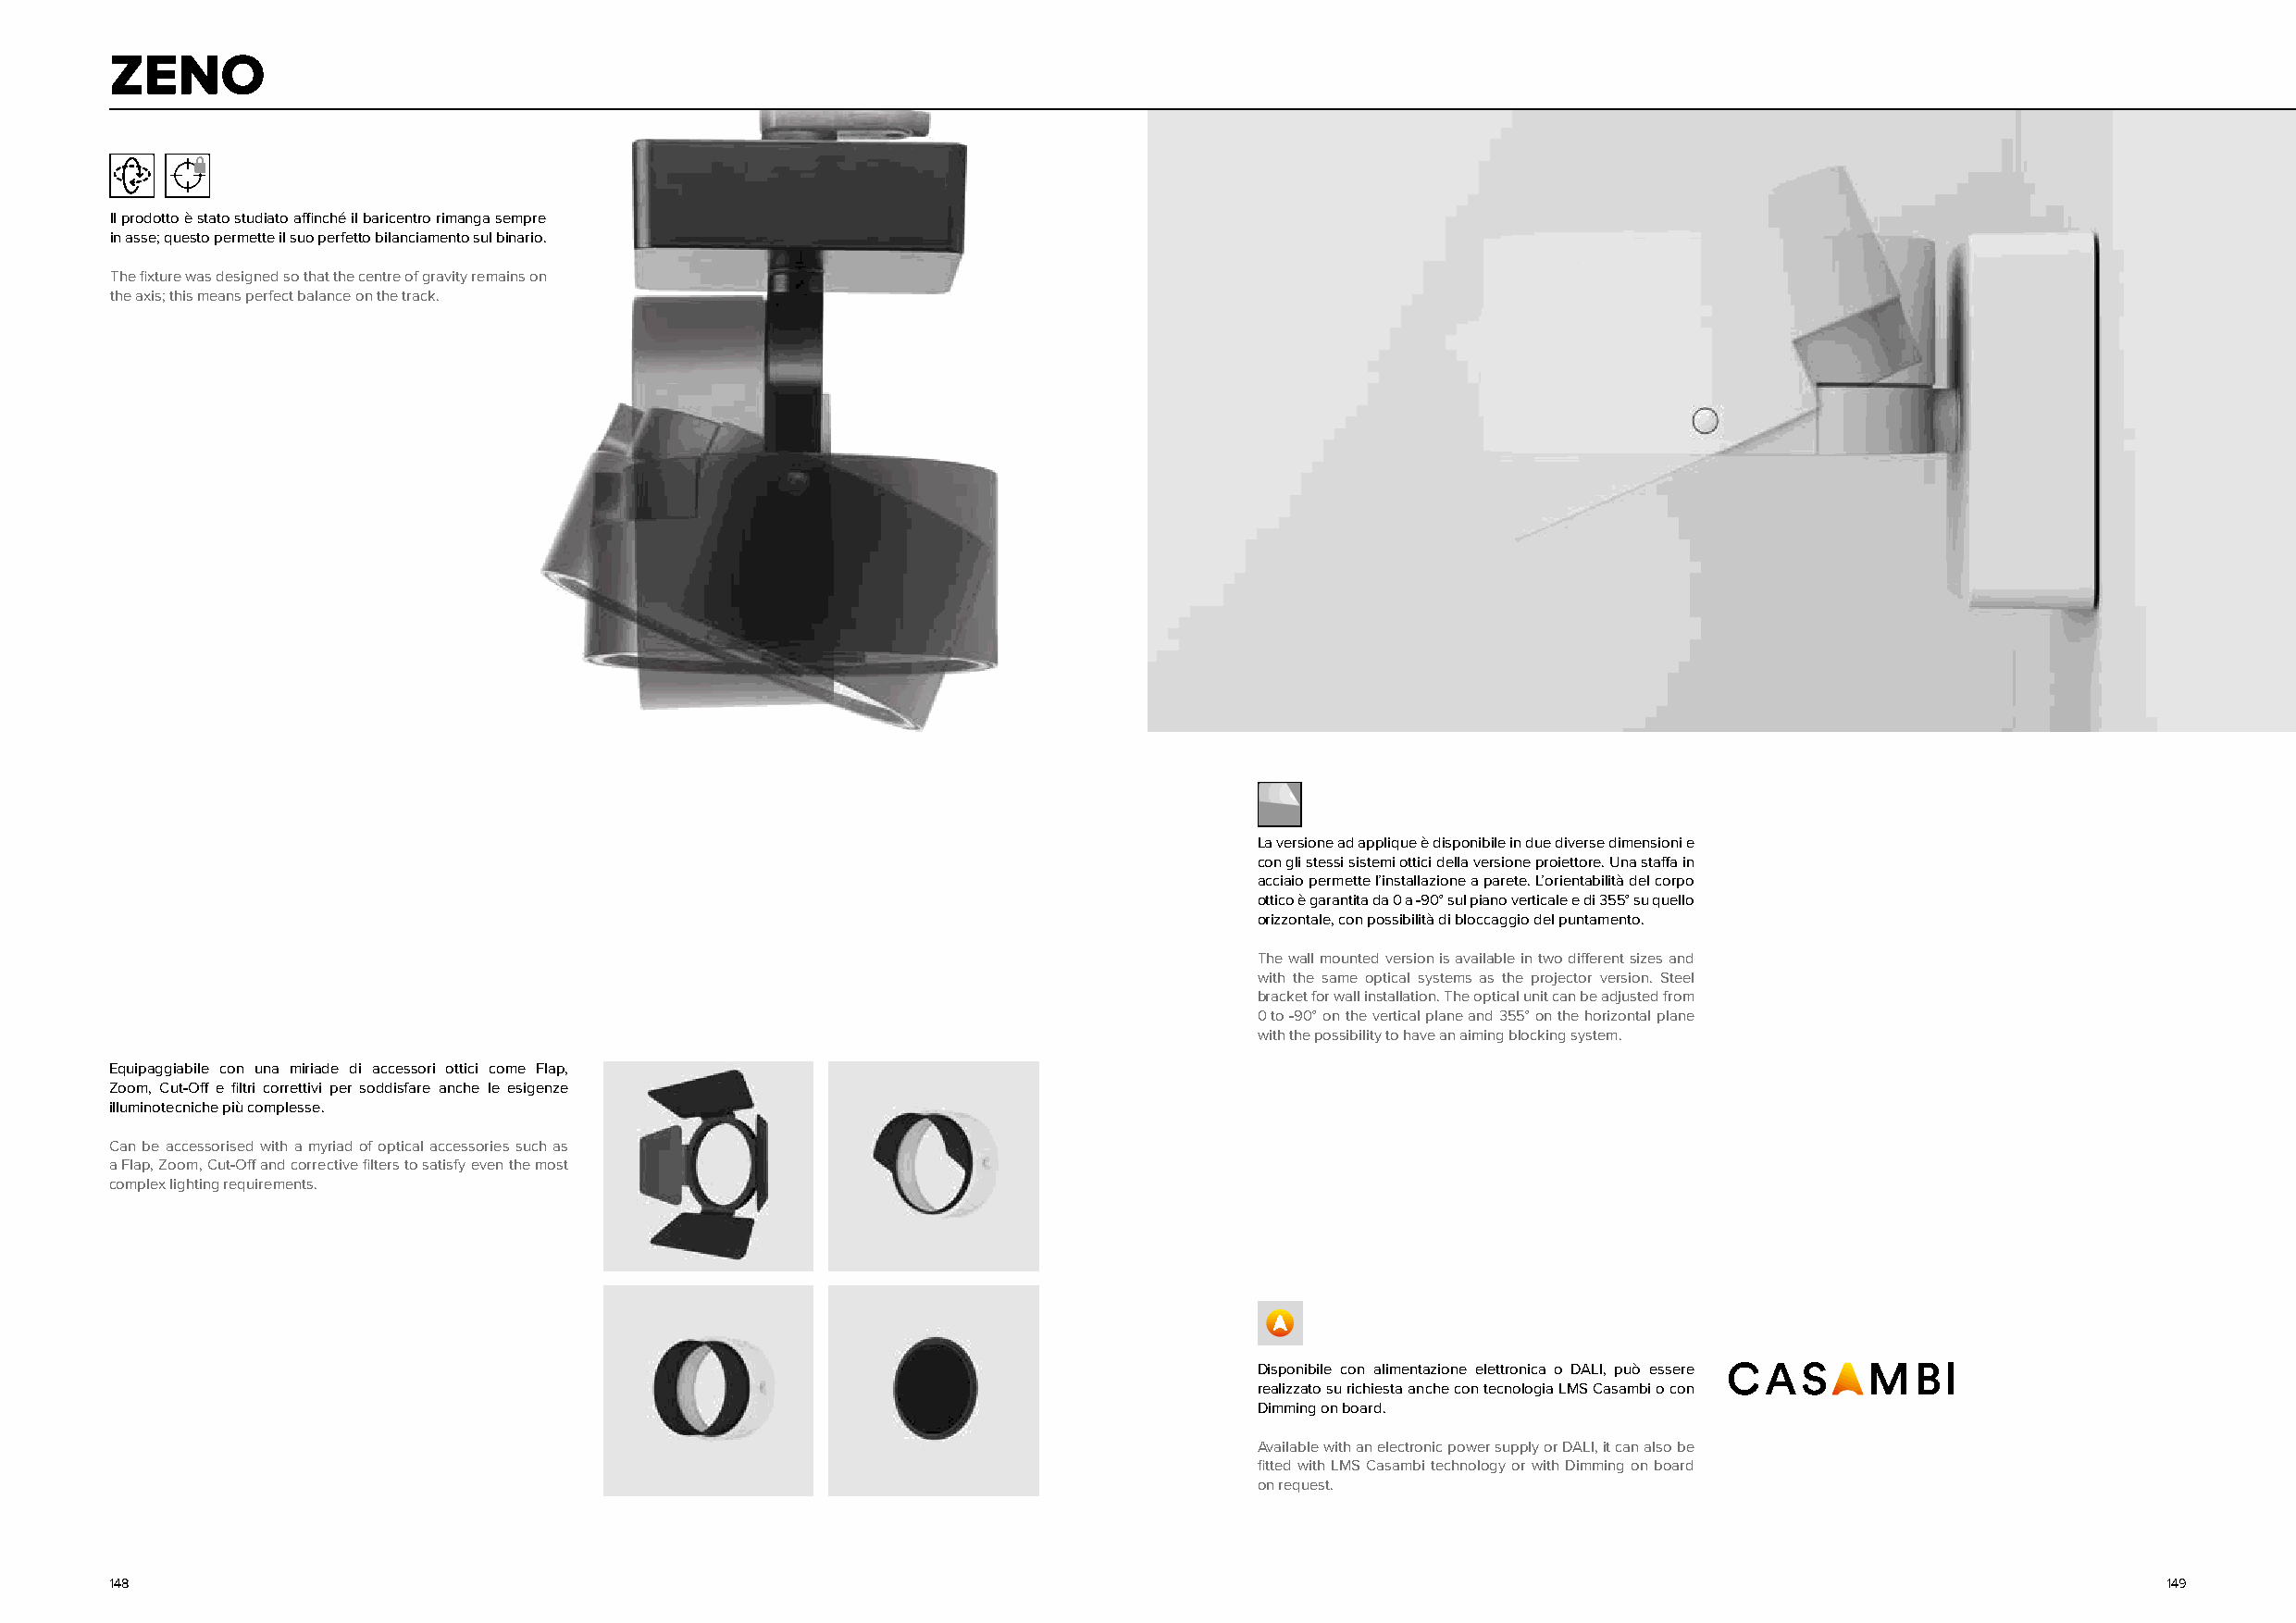
ZZEENNOO
 Il prodotto è stato studiato affinché il baricentro rimanga sempre
 in asse; questo permette il suo perfetto bilanciamento sul binario.
 The fixture was designed so that the centre of gravity remains on
 the axis; this means perfect balance on the track.
 La versione ad applique è disponibile in due diverse dimensioni e
 con gli stessi sistemi ottici della versione proiettore. Una staffa in
 acciaio permette l’installazione a parete. L’orientabilità del corpo
 ottico è garantita da 0 a -90° sul piano verticale e di 355° su quello
 orizzontale, con possibilità di bloccaggio del puntamento.
 The wall mounted version is available in two different sizes and
 with the same optical systems as the projector version. Steel
 bracket for wall installation. The optical unit can be adjusted from
 0 to -90° on the vertical plane and 355° on the horizontal plane
 with the possibility to have an aiming blocking system.
 Equipaggiabile con una miriade di accessori ottici come Flap,
 Zoom, Cut-Off e filtri correttivi per soddisfare anche le esigenze
 illuminotecniche più complesse.
 Can be accessorised with a myriad of optical accessories such as
 a Flap, Zoom, Cut-Off and corrective filters to satisfy even the most
 complex lighting requirements.
 Disponibile con alimentazione elettronica o DALI, può essere
 realizzato su richiesta anche con tecnologia LMS Casambi o con
 Dimming on board.
 Available with an electronic power supply or DALI, it can also be
 fitted with LMS Casambi technology or with Dimming on board
 on request.
 148                                                                                                                                                149